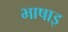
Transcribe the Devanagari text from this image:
भाषाइ